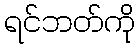
ရင်ဘတ်ကို